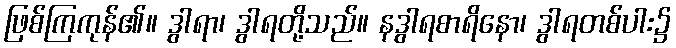
ဖြစ်ကြကုန်၏။ ဒွါရာ၊ ဒွါရတို့သည်။ နဒွါရစာရိနော၊ ဒွါရတစ်ပါး၌